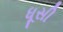
ધૂસી